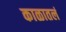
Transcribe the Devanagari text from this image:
काळातलं